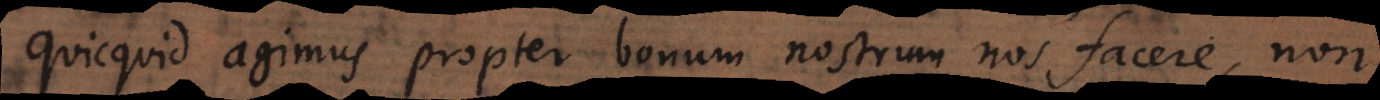
quicquid agimus propter bonum nostrum nos facere, non